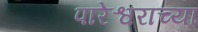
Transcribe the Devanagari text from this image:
पारेश्वराच्या